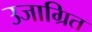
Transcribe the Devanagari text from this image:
उजाग्रित